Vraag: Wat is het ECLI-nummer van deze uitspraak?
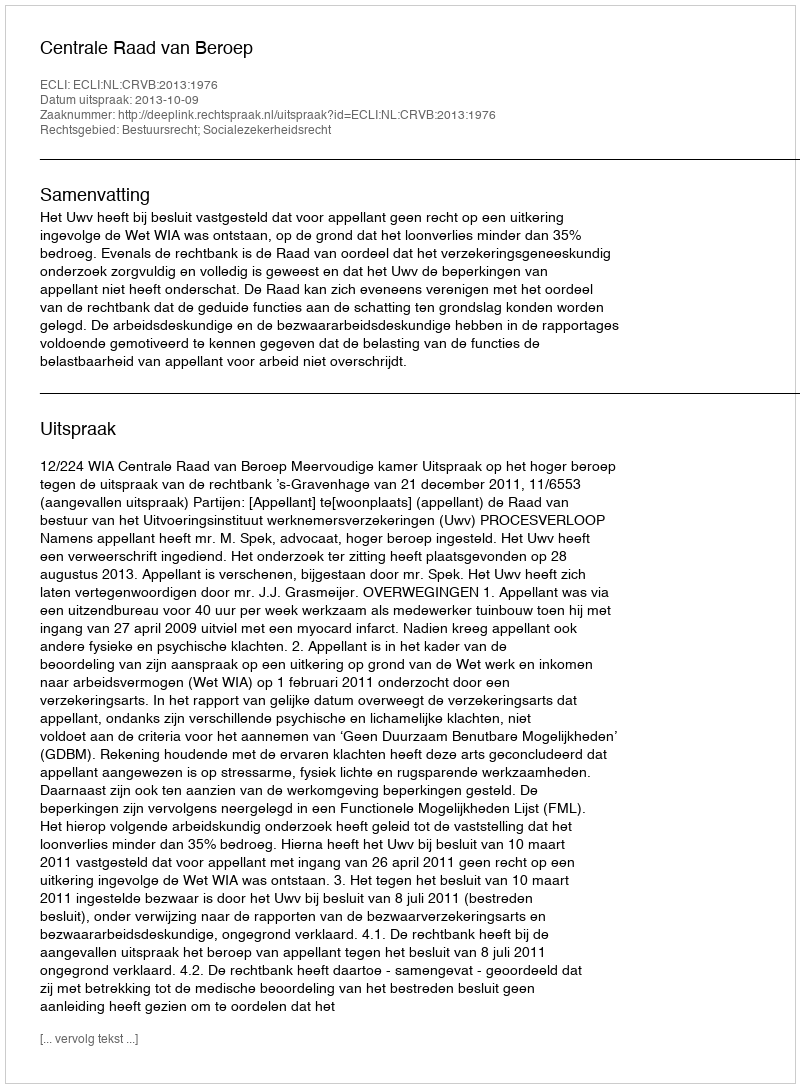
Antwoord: ECLI:NL:CRVB:2013:1976